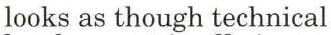
looks as though technical